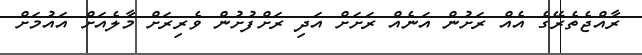
ރާއްޖެތެރޭގެ އެއް ރަށުން އަނެއް ރަށަށް އަދި ރަށްފުށުން ވެރިރަށް މާލެއަށް އައުމަށް